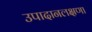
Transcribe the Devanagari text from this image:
उपादानलक्षणा